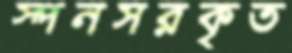
স্পনসরকৃত